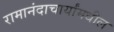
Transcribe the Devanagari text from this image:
रामानंदाचार्यांमधील